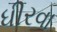
ધીરવા